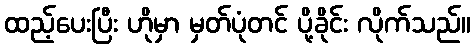
ထည့်ပေးပြီး ဟိုမှာ မှတ်ပုံတင် ပို့ခိုင်း လိုက်သည်။